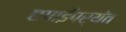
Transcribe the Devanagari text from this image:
छपाईपर्यंत